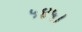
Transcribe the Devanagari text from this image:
५४५।